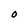
Character: O